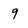
Character: 9